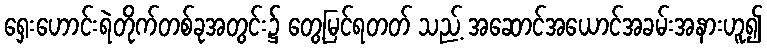
ရှေးဟောင်းရဲတိုက်တစ်ခုအတွင်း၌ တွေ့မြင်ရတတ် သည့် အဆောင်အယောင်အခမ်းအနားဟူ၍